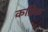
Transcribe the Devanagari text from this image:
कब्रिक